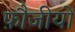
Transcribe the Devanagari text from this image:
फ़ौजीयों